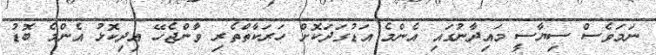
ނަމަވެސް ސިޔާސީ މައިދާނުގައި އެންމެ އަޑުގަދަކޮށް ހަރަކާތްތެރި ވާންޖެހޭ އިދިކޮޅު އެންމެ ބޮޑު